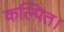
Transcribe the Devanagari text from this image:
कल्पित।